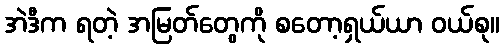
အဲဒီက ရတဲ့ အမြတ်တွေကို စတော့ရှယ်ယာ ဝယ်စု။